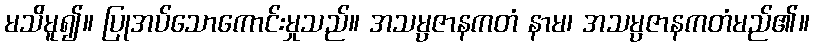
မသိမူ၍။ ပြုအပ်သောကောင်းမှုသည်။ အသမ္ပဇာနကတံ နာမ၊ အသမ္ပဇာနကတံမည်၏။